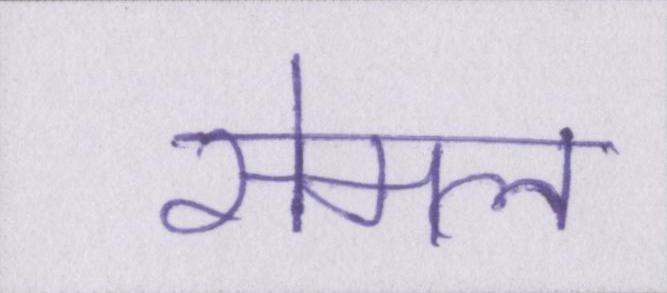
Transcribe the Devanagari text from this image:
सेमल